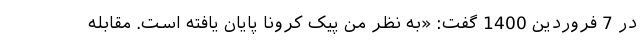
در 7 فروردین 1400 گفت: «به نظر من پیک کرونا پایان یافته است. مقابله